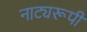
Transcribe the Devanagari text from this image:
नाट्यरूपी